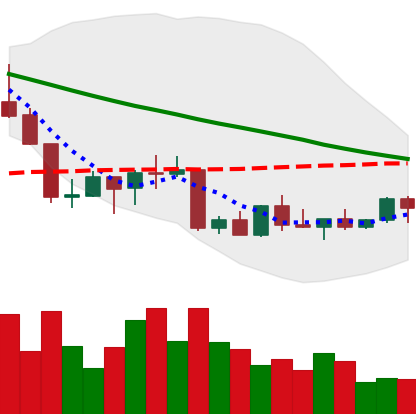
Ticker: NEO-USD
Chart end date: 2022-09-05
Forward return: 5.868%
Label: up_5_7